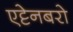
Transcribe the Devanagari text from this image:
एट्टेनबरो